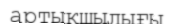
артықшылығы